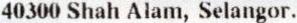
40300 SHAH ALAM, SELANGOR.